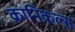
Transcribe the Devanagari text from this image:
क्रानिकल्स